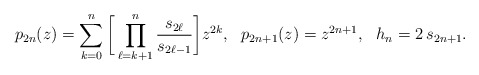
\begin{align*}p_{2n}(z)=\sum_{k=0}^n \bigg[\prod_{\ell=k+1}^n\frac{s_{2\ell}}{s_{2\ell-1}}\bigg]z^{2k},\ \ p_{2n+1}(z)=z^{2n+1},\ \ h_{n}=2\,s_{2n+1}.\end{align*}